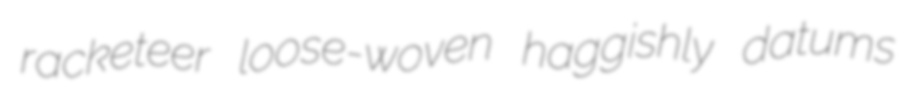
racketeer loose-woven haggishly datums